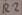
Text: R2